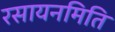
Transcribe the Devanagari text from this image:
रसायनमिति